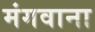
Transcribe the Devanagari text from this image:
मंगवाना